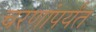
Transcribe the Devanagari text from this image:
चरणांपर्यंत